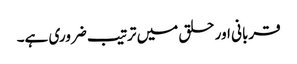
قربانی اور حلق میں ترتیب ضروری ہے۔